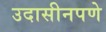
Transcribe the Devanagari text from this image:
उदासीनपणे